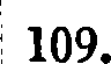
109.